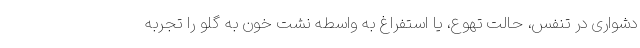
دشواری در تنفس، حالت تهوع، یا استفراغ به واسطه نشت خون به گلو را تجربه